Vaccine operations Central Provinces & Berar 1922-1929 - 1922-1929
Year: 1922
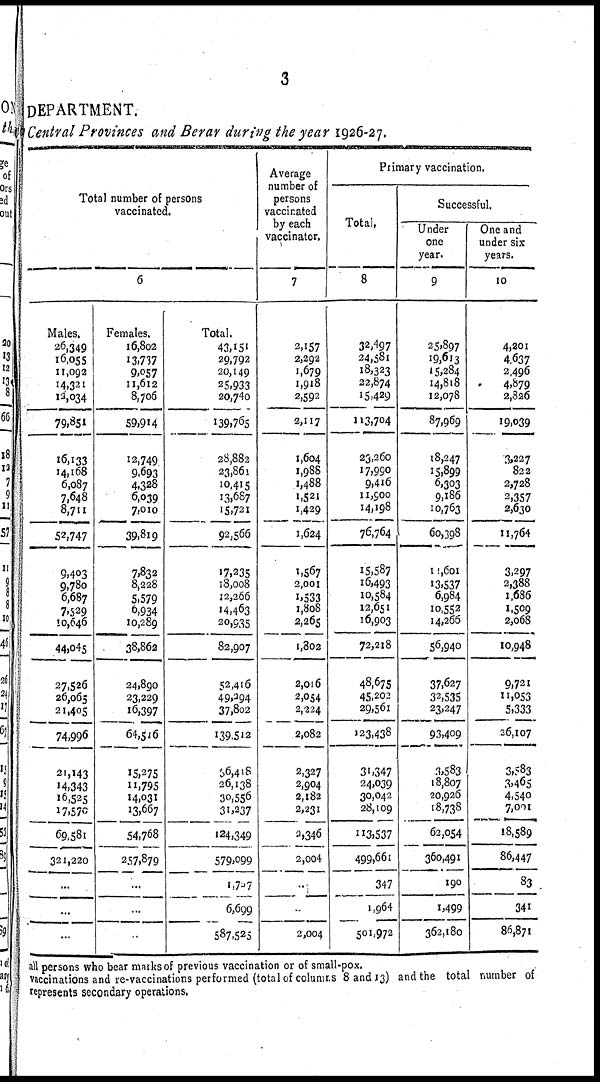
3
DEPARTMENT.
Central Provinces and Berar during the year 1926-27.
Total number of persons
vaccinated.
6
Males.
26,349
16,055
11,092
14,321
12,034
79,851
16,133
14,168
6,087
7,648
8,711
52,747
9,403
9,780
6,687
7,529
10,646
44,045
27,526
26,065
21,405
74,996
21,143
14,343
16,525
17,570
69,581
321,220
...
...
...
Females.
16,802
13,737
9,057
11,612
8,706
59,914
12,749
9,693
4,328
6,039
7,010
39,819
7,832
8,228
5,579
6,934
10,289
38,862
24,890
23,229
16,397
64,516
15,275
11,795
14,031
13,667
54,768
257,879
...
...
...
Total.
43,151
29,792
20,149
25,933
20,740
139,765
28,882
23,861
10,415
13,687
15,721
92,566
17,235
18,008
12,266
14,463
20,935
82,907
52,416
49,294
37,802
139,512
36,418
26,138
30,556
31,237
124,349
579,099
1,737
6,699
587,525
Average
number of
persons
vaccinated
by each
vaccinator.
7
2,157
2,292
1,679
1,918
2,592
2,117
1,604
1,988
1,488
1,521
1,429
1,624
1,567
2,001
1,533
1,808
2,265
1,802
2,016
2,054
2,224
2,082
2,327
2,904
2,182
2,231
2,346
2,004
...
...
2,004
Primary vaccination.
Total.
8
32,497
24,581
18,323
22,874
15,729
113,704
23,260
17,990
9,416
11,900
14,198
76,764
15,587
16,493
10,584
12,651
16,903
72,218
48,675
45,202
29,561
123,138
31,347
24,039
30,042
28,109
113,537
499,661
347
1,964
501,972
Successful.
Under
one
year.
9
25,897
19,613
15,284
14,818
12,078
87,969
18,247
15,899
6,303
9,186
10,763
60,398
11,601
13,537
6,984
10,552
14,266
56,940
37,627
32,535
23,247
93,409
3,583
18,807
20,926
18,738
62,054
360,491
190
1,499
362,180
One and
under six
years.
10
4,201
4,637
2,496
4,879
2,326
19,039
3,227
822
2,728
2,357
2,630
11,764
3,297
2,388
1,686
1,509
2,068
10,948
9,721
11,053
5,333
26,107
3,583
3,465
4,540
7,001
18,589
86,447
83
341
86,871
all persons who bear marks of previous vaccination or of small-pox.
vaccinations and re-vaccinations performed (total of columns 8 and 13) and the total number of
represents secondary operations.